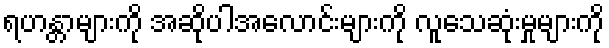
ရဟန္တာများကို အဆိုပါအလောင်းများကို လူသေဆုံးမှုများကို